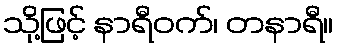
သို့ဖြင့် နာရီဝက်၊ တနာရီ။